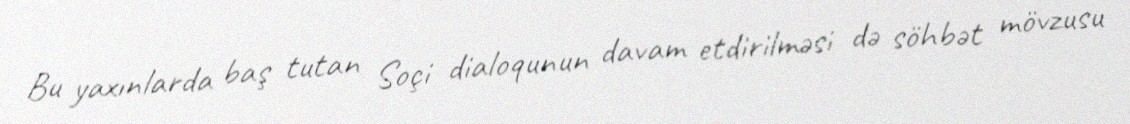
Bu yaxınlarda baş tutan Soçi dialoqunun davam etdirilməsi də söhbət mövzusu